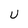
Character: U